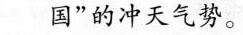
国”的冲天气势。